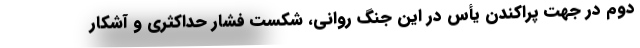
دوم در جهت پراکندن یأس در این جنگ روانی، شکست فشار حداکثری و آشکار